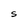
Character: S